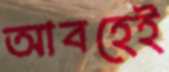
আবহেই